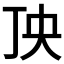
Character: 𱍒